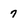
Character: 7